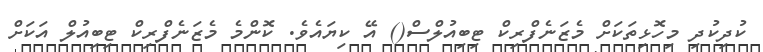
ކުދިކުދި މިހޮޅިތަކަށް މެޒަނެފްރިކް ޓިބިއުލްސް() އޭ ކިޔައެވެ. ކޮންމެ މެޒަނެފްރިކް ޓިބިއުލް އަކަށް